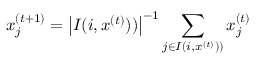
x _ { j } ^ { ( t + 1 ) } = \left| I ( i , x ^ { ( t ) } ) ) \right| ^ { - 1 } \sum _ { j \in I ( i , x ^ { ( t ) } ) ) } x _ { j } ^ { ( t ) }